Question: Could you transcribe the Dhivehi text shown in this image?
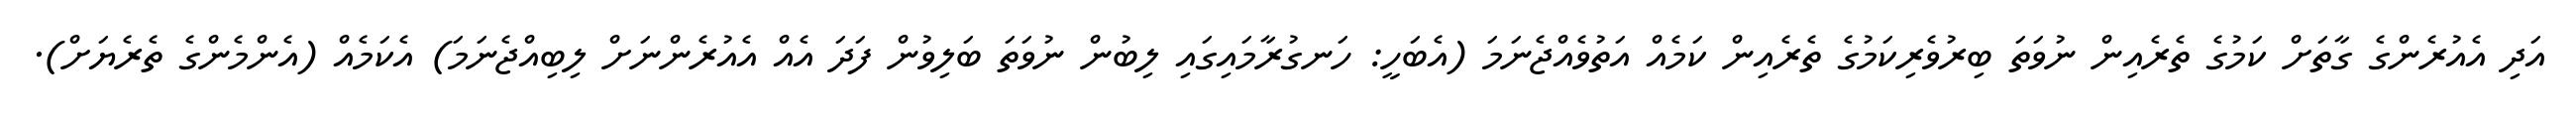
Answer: އަދި އެއުރެންގެ ގާތަށް ކަމުގެ ތެރެއިން ނުވަތަ ބިރުވެރިކަމުގެ ތެރެއިން ކަމެއް އަތުވެއްޖެނަމަ (އެބަހީ: ހަނގުރާމައިގައި ލިބުން ނުވަތަ ބަލިވުން ފަދަ އެއް އެއުރެންނަށް ލިބިއްޖެނަމަ) އެކަމެއް (އެންމެންގެ ތެރެޔަށް).